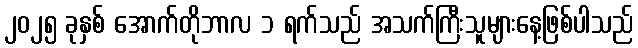
၂၀၂၅ ခုနှစ် အောက်တိုဘာလ ၁ ရက်သည် အသက်ကြီးသူများနေ့ဖြစ်ပါသည်